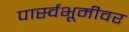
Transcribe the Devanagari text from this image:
पार्स्वभूमीवर